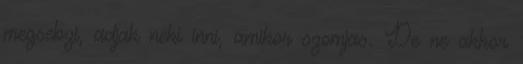
megsebzi, adjak neki inni, amikor szomjas. De ne akkor